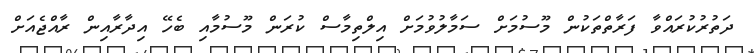
ދަތުރުކުރައްވާ ފަރާތްތަކުން މޫސުމަށް ސަމާލުވުމަށް އިލްތިމާސް ކުރަން މޫސުމާއި ބެހޭ އިދާރާއިން ރާއްޖެއަށް